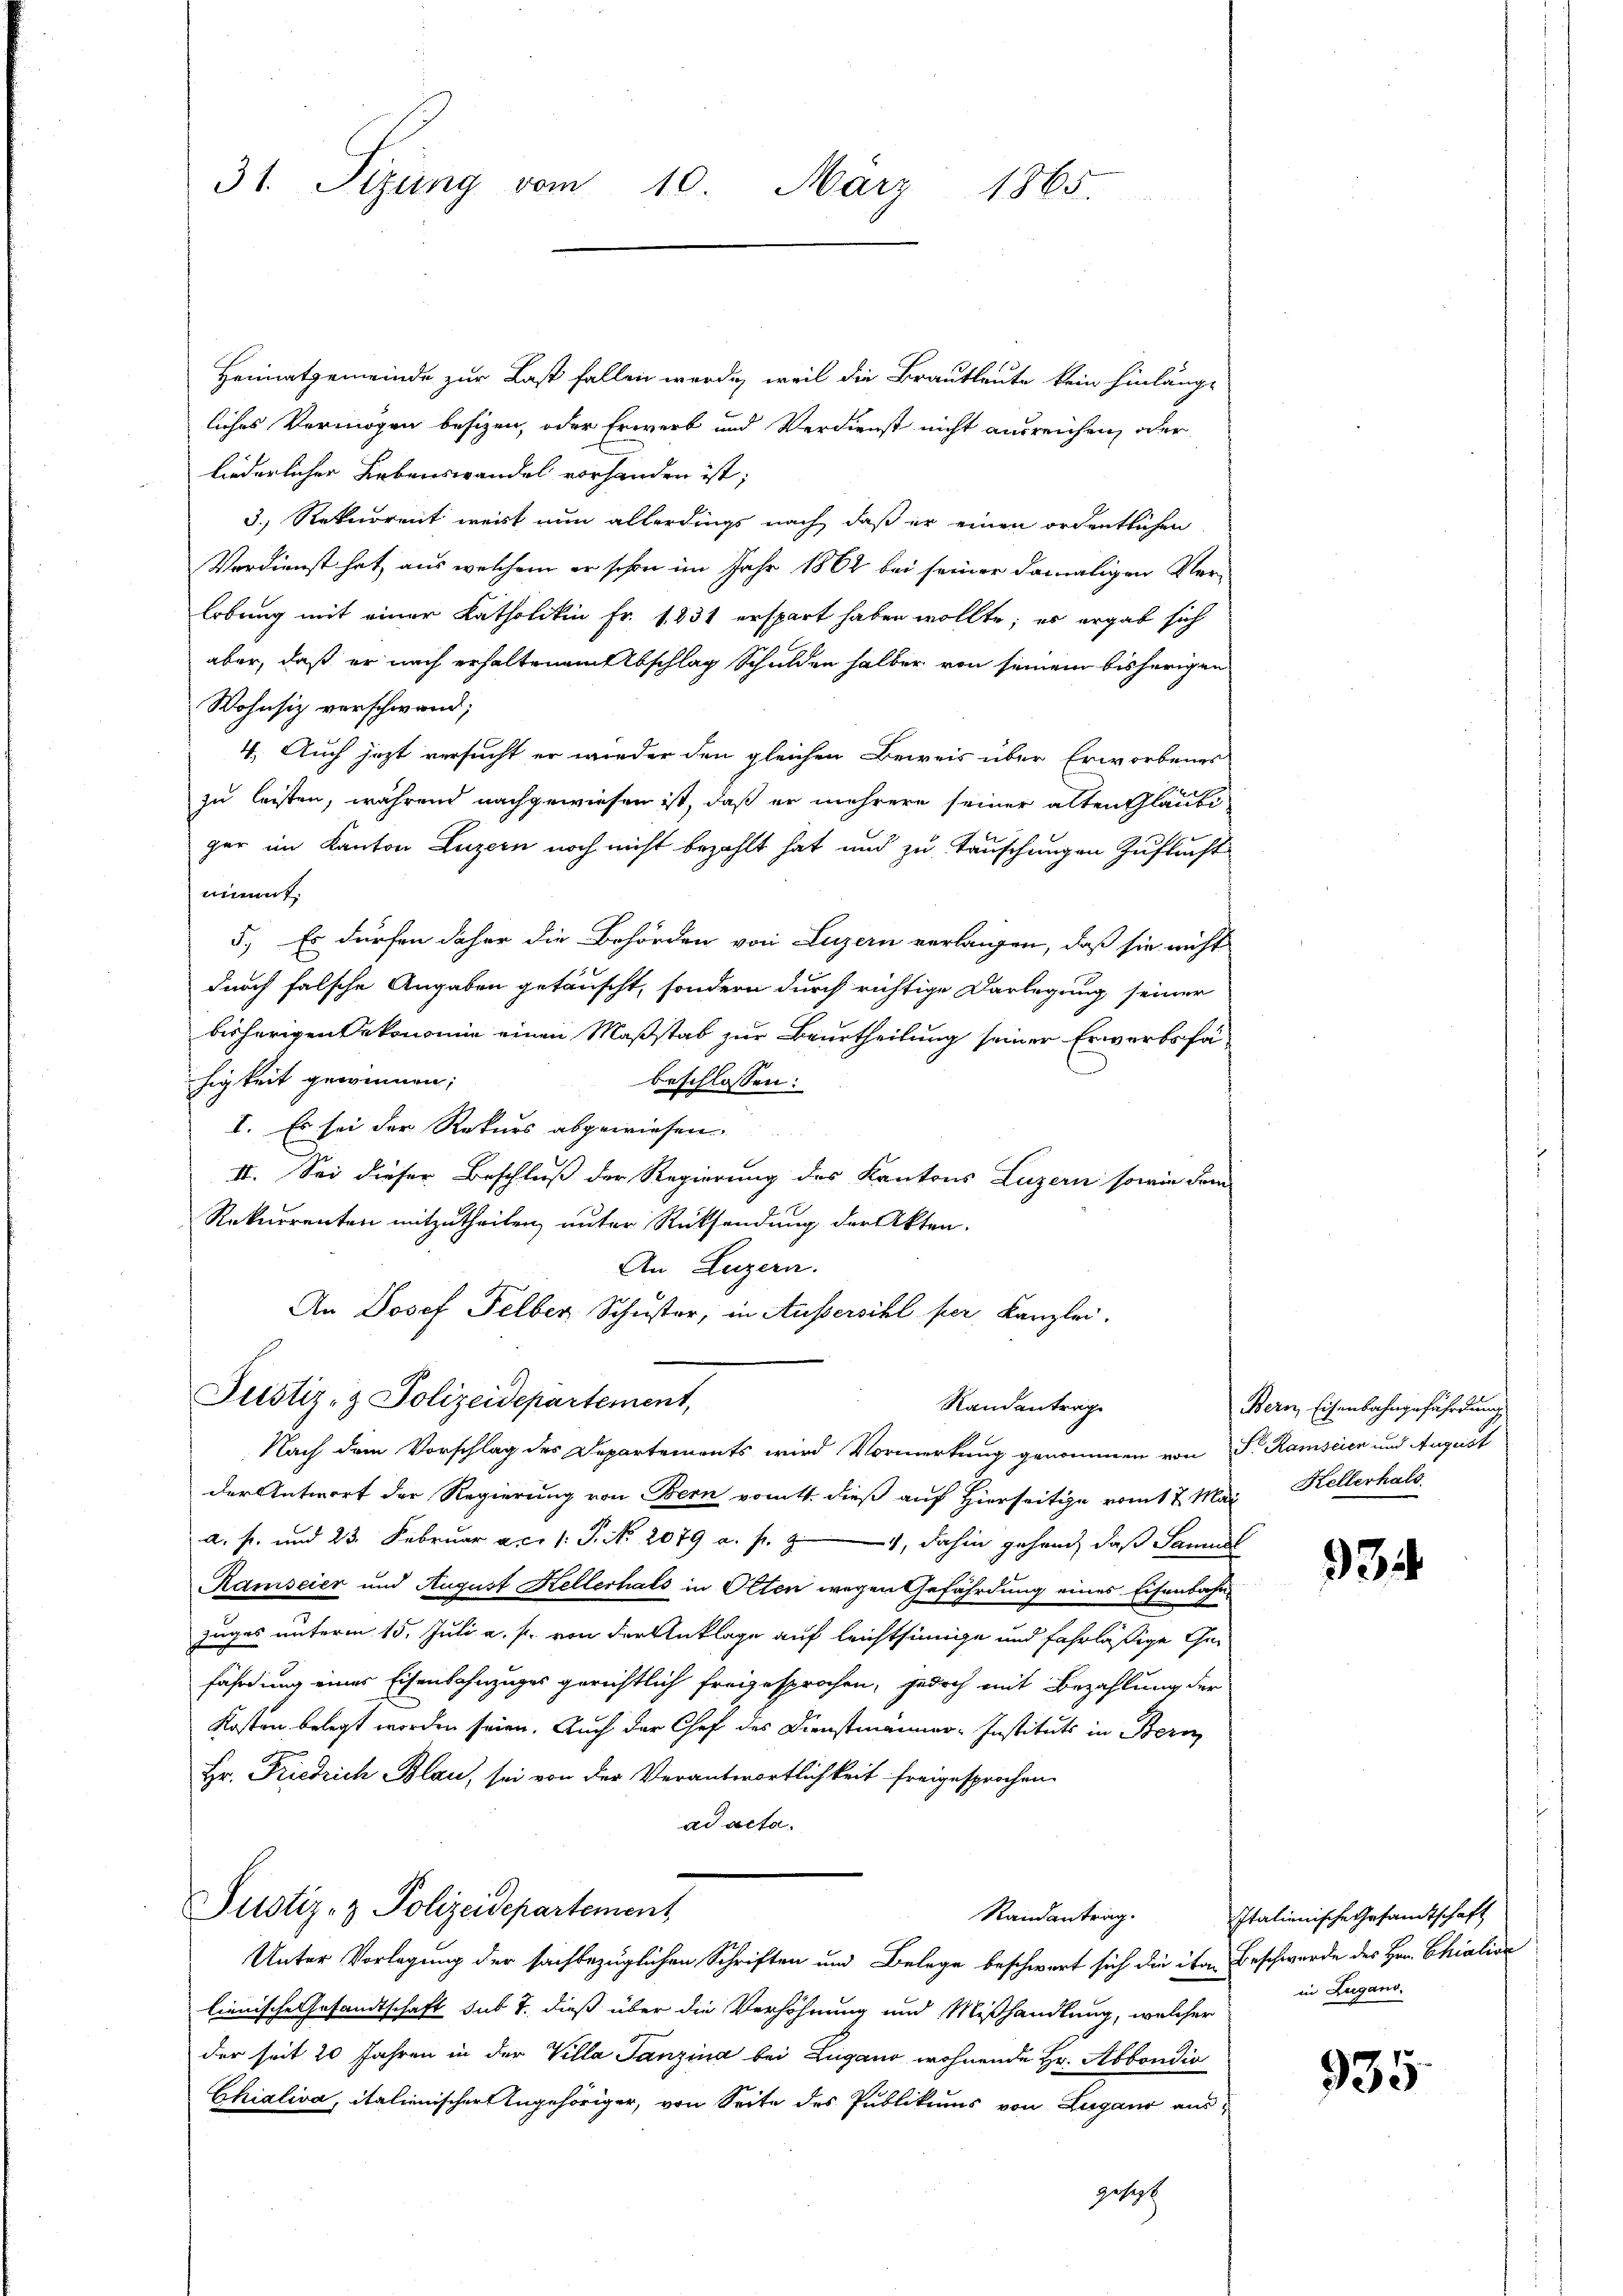
31. Sizung vom 10. März 1865.

Heimatgemeinde zur Last fallen werde, weil die Brautleute kein hinläng-
liches Vermögen besizen, oder Erwerb und Verdienst nicht ausreichen, oder
liederlicher Lebenswandel vorhanden ist;
3.) Rekurrent wert nun allerdings nach, daß er einen ordentlichen
Verdienst hat, aus welchem er schon im Jahr 1862 bei seiner damaligen Ver-
lobung mit einer Katholikin Fr. 1831 erspart haben wollte; es ergab sich
aber, daß er nach erhaltenem Abschlag Schulden halber von seinem bisherigen
Wohnsiz verschwand;
4. Auch jezt versucht er wieder den gleichen Beweis über Erworbenes
zu leisten, während nachgewiesen ist, daß er mehrere seiner alten Glaube
ger im Kanton Luzern noch nicht bezahlt hat und zu Tauschungen Zuflucht
nimmt
5.) Es dürfen daher die Behörden von Luzern verlangen, daß sie nicht
durch falsche Angaben getäuscht, sondern durch richtige Darlegung seiner
bisherigen Oekonomie einen Maßstab zur Beurtheilung seiner Erwerbsfähigkeit gewinnen;
beschlossen:
I. Es sei der Rekurs abgewiesen.
II. Sei dieser Beschluß der Regierung des Kantons Luzern sowie dem
Rekurrenten mitzutheilen, unter Rücksendung der Akten.
An Luzern.
An Josef Felber Schuster, in Aussersihl per Kanzlei.
Justiz- & Polizeidepartement,
Randantrage
Nach dem Vorschlag des Departements wird Vormerkung genommen von S. Ramscien und August
der Antwort der Regierung von Bern vom 1. dieß auf Hierseitige vom 17. Mai Kellerhals
a. f. und 23. Februar ac. /: P. Nr. 2079 a. f. 4, dahin gehand, daß Samuel
Ramseien und August Kellerhals in Olten wegen Gefährdung eines Eisenbahn-
zuges unterm 15. Juli a. p. von der Anklage auf leichtsinige und fahrläßige Gefährdung eines Eisenbahnzuges gerichtlich freigesprochen, jedoch mit Bezahlung der
Kosten belegt worden seien. Auch der Chef des Dienstmänner-Instituts in Bern
Hr. Friedrich Blau, sei von der Verantwortlichkeit freigesprochen.
ad acta.
Justiz- & Polizeidepartement
Randantrag.
Unter Vorlegung der sachbezüglichen Schriften und Belege beschwert sich die ita Beschwerde des Hrn. Chialion
lienische Gesandtschaft sub 7. dieß über die Verhöhnung und Mißhandlung, welcher
der seit 20 Jahren in der Villa Tanzina bei Lugano wohnende Hr. Abbondio
Chialiva, italienischer Angehöriger, von Seite des Publikums von Lugano ausgeset

Bern, Eisenbahngefährdung

34

Italienische Gesandtschaft
in Zugano.

935.